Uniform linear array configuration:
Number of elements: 12
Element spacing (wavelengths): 0.5
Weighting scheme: hann
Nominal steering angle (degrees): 60
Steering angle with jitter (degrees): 61.849
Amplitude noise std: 0.05
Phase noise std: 0.05

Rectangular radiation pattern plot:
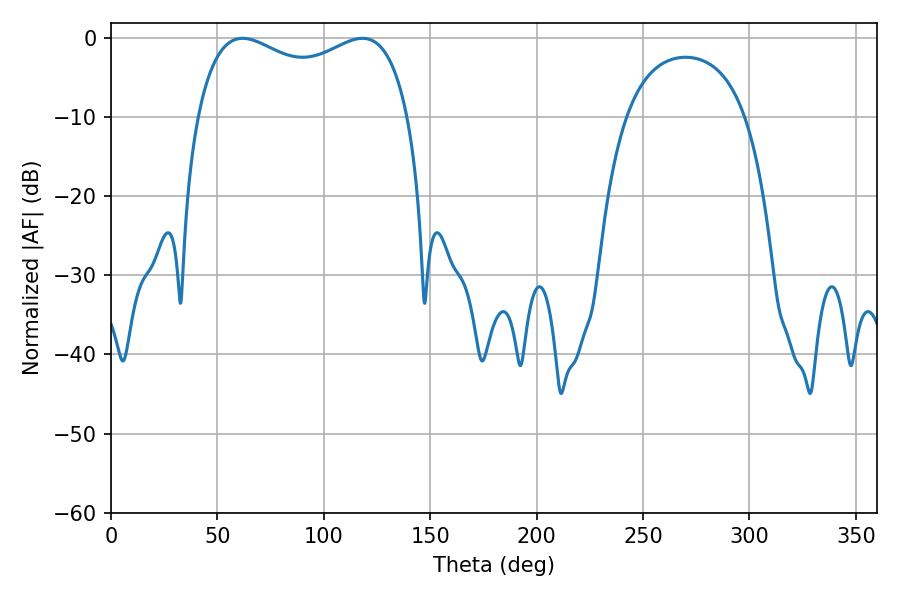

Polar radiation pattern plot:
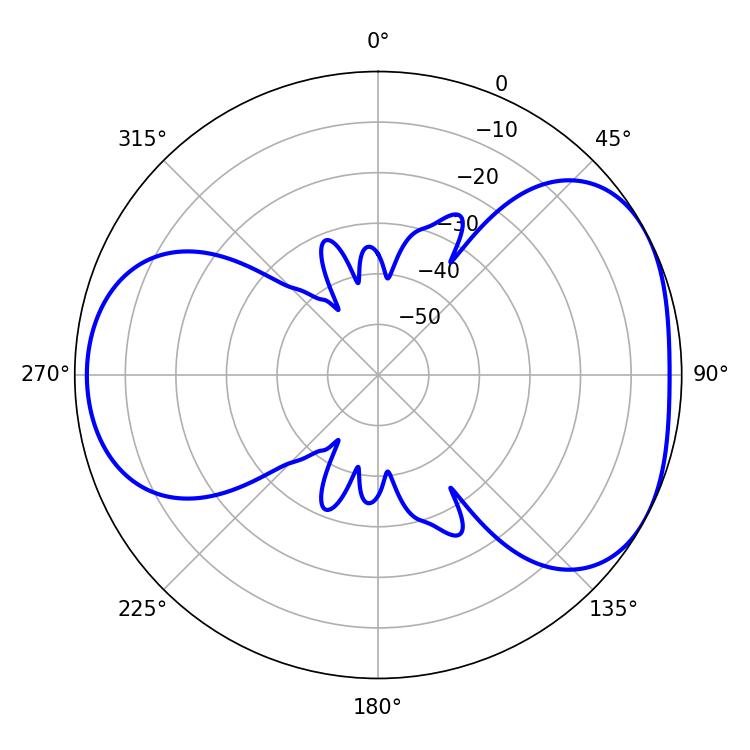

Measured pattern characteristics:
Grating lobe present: FALSE
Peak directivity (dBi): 4.516
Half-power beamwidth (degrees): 82.44
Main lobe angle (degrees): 61.92